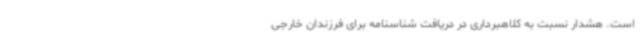
است. هشدار نسبت به کلاهبرداری در دریافت شناسنامه برای فرزندان خارجی